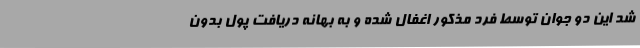
شد این دو جوان توسط فرد مذکور اغفال شده و به بهانه دریافت پول بدون